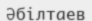
Әбілтаев